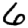
Digit: 6